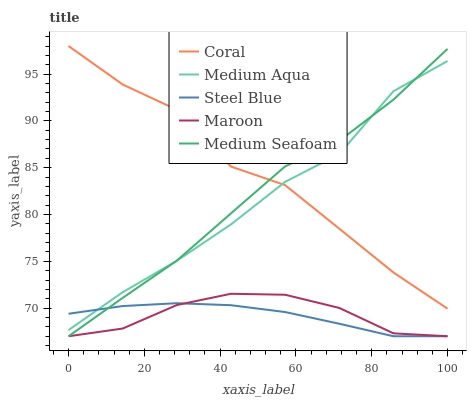
| xaxis_label | Coral | Medium Aqua | Steel Blue | Maroon | Medium Seafoam |
 | --- | --- | --- | --- | --- | --- |
 | 0 | 98 | 67.7 | 69.4 | 67 | 67 |
 | 14.3 | 93.9 | 71.7 | 70.2 | 67.8 | 71.1 |
 | 28.6 | 91.2 | 75.1 | 70.5 | 70.3 | 75.1 |
 | 42.9 | 85.1 | 78.9 | 70.3 | 71.5 | 80.1 |
 | 57.1 | 83.1 | 83.5 | 69.6 | 71.4 | 85.1 |
 | 71.4 | 78.5 | 86.5 | 68.3 | 70 | 87.9 |
 | 85.7 | 73.8 | 93.2 | 67 | 67.3 | 92.3 |
 | 100 | 69.9 | 96.4 | 67 | 67 | 97.7 |